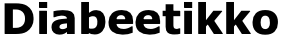
Diabeetikko